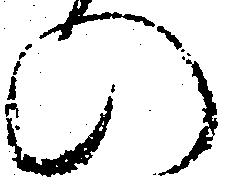
の